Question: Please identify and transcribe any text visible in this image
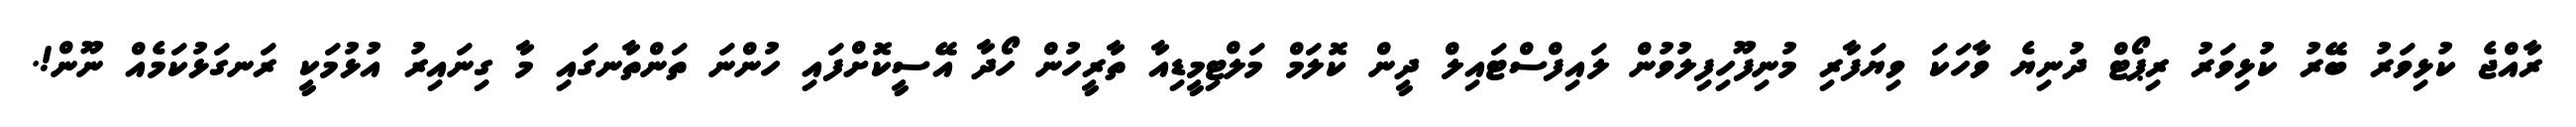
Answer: ރާއްޖެ ކުޅިވަރު ބޭރު ކުޅިވަރު ރިޕޯޓް ދުނިޔެ ވާހަކަ ވިޔަފާރި މުނިފޫހިފިލުވުން ލައިފްސްޓައިލް ދީން ކޮލަމް މަލްޓިމީޑިއާ ތާރީހުން ހޯދާ އޭސީކޮށްފައި ހުންނަ ތަންތާނގައި މާ ގިނައިރު އުޅުމަކީ ރަނގަޅުކަމެއް ނޫން!.